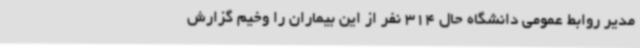
مدیر روابط عمومی دانشگاه حال 314 نفر از این بیماران را وخیم گزارش